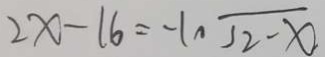
2 x - 1 6 = - 1 、 \sqrt { 2 - x }